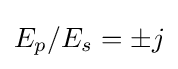
E_{p}/E_{s}=\pm j